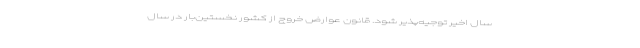
سال‌ اخیر توجیه‌پذیر شود. قانون عوارض خروج از کشور نخستین‌بار در سال